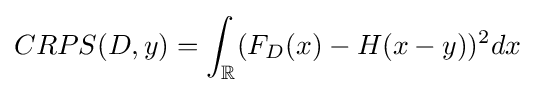
CRPS(D,y)=\int _{\mathbb {R} }(F_{D}(x)-H(x-y))^{2}dx